Annual report on the Civil Veterinary Department, Burma (including the Insein Veterinary School) - 1910-1922
Year: 1910
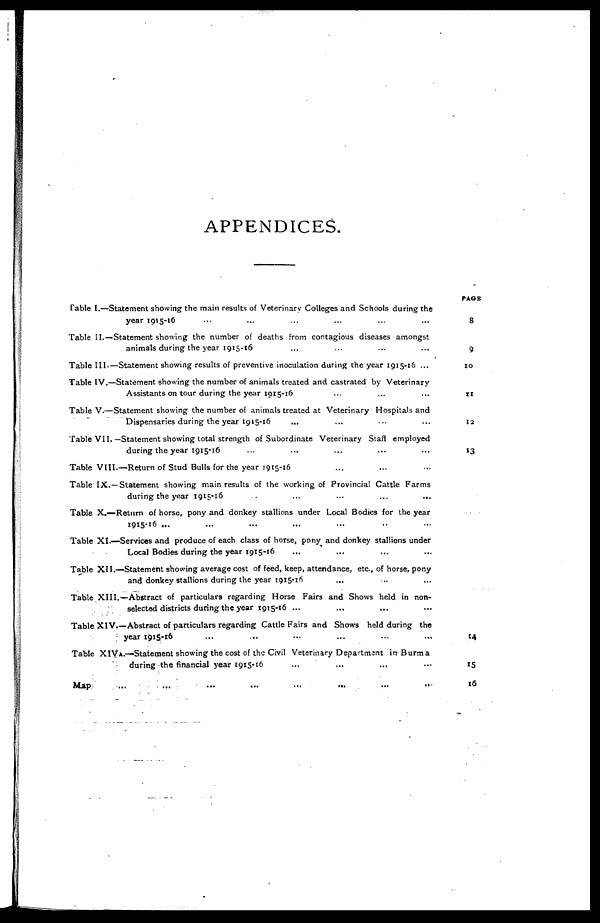
APPENDICES.
Table I.—Statement showing the main results of Veterinary Colleges and Schools during the
year 1915-16 ... ... ... ... ... ... ...
Table II. —Statement showing the number of deaths from contagious diseases amongst
animals during the year 1915-16 ... ... ... ...
Table III.—Statement showing results of preventive inoculation during the year 1915-16 ...
Table IV.—Statement showing the number of animals treated and castrated by Veterinary
Assistants on tour during the year 1015-16 ... ... ... ...
Table V.—Statement showing the number of animals treated at Veterinary Hospitals and
Dispensaries during the year 1915-16 ... ... ... ...
Table VII.—Statement showing total strength of Subordinate Veterinary Staff employed
during the year 1915-16 ... ... ... ... ...
Table VIII.—Return of Stud Bulls for the year 1915-16 ... ... ... ... ...
Table IX.—Statement showing main results of the working of Provincial Cattle Farms ... ...
during the year 1915-16
...
...
...
...
Table X.—Return of horse, pony and donkey stallions under Local Bodies for the year
1915-16 ... ... ... ... ...
Table XI.—Services and produce of each class of horse, pony and donkey stallions under
Local Bodies during the year 1915-16 ... ... ... ... ...
Table XII.—Statement showing average cost of feed, keep, attendance, etc., of horse, pony
and donkey stallions during the year 1915-16 ... ... ... ... ... ...
Table XIII.—Abstract of particulars regarding Horse Fairs and Shows held in non-
selected districts during the year 1915-16 ... ... ... ... ...
Table XIV.—Abstract of particulars regarding Cattle Fairs and Shows held during the
year 1915-16 ... ... ... ... ... ...
Table XIVA.—Statement showing the cost of the Civil Veterinary Department in Burma
during the financial year 1915-16 ... ... ... ... ... ...
Map ... ... ... ... ... ... ... ...
PAGE
8
9
10
11
12
13
14
15
16